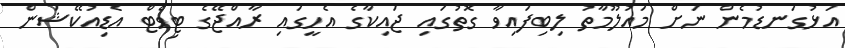
އަޅުގަނޑުމެން ނަށް މައުލޫމާތު ލިބިފައިވާ ގޮތުގައި ޖައިކާގެ އެހީގައި ރާއްޖޭގެ ޓިވެޓް އެޑިއުކޭޝަން